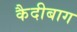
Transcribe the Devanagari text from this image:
कैदीबाग